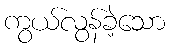
ကွယ်လွန်ခဲ့သော